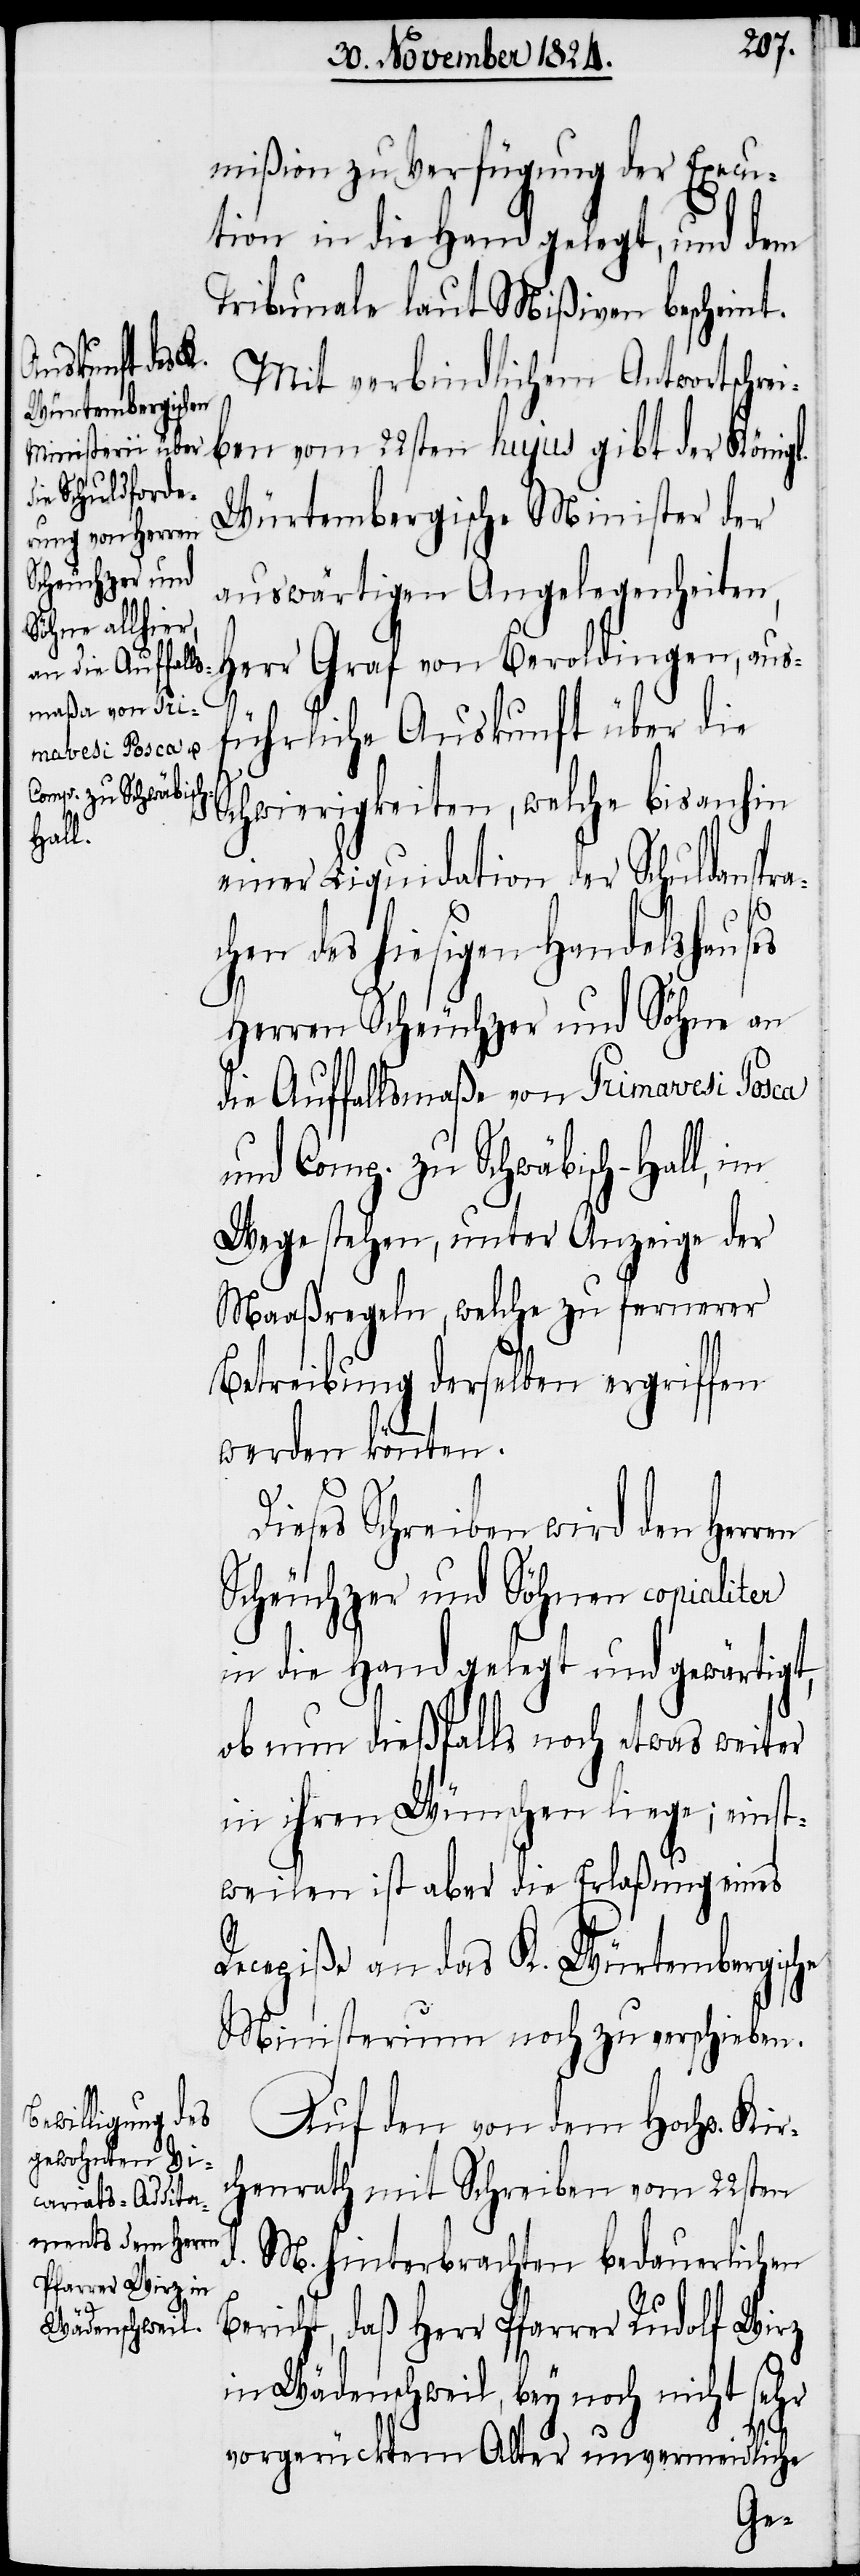
mißion zu Verfügung der Execu¬
tion in die Hand gelegt, und dem
Tribunale laut Mißiven bescheint.
Mit verbindlichcem Antwortschrei¬
ben vom 22sten hujus gibt der Königl.
Würtembergische Minister der
auswärtigen Angelegenheiten,
Herr Graf von Beroldingen, aus¬
führliche Auskunft über die
Schwierigkeiten, welche bis anhin
einer Liquidation der Schuldanspr¬
D¬
chen des hiesigen Handelshauses
Herrn Scheuchzer und Söhne an
die Auffallsmaße von Primavesi Posca
und Comp. zu Schwäbisch-Hall, im
Wege stehen, unter Anzeige der
Maaßregeln, welche zu fernerer
Betreibung derselben ergriffen
werden könnten.
ieses Schreiben wird dem Herrn
Scheuchzer und Söhnen copialiter
in die Hand gelegt und gewärtigt,
ob nun dießfalls noch etwas weiter
in ihren Wünschen liege; einst¬
weilen ist aber die Erlaßung eines
Recepiße an das K. Würtembergische
Ministerium noch zu verschieben.
Auf den von dem Hochw. Kir¬
chenrath mit Schreiben vom 22sten
d. M. hinterbrachten bedauerlichen
Bericht, daß Herr Pfarrer Rudolf Wirz
in Wädenschweil, bey noch nicht sehr
vorgerücktem Alter unvermeidliche